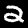
Label: 2